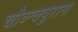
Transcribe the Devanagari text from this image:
चोव्न्क्पुराना